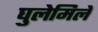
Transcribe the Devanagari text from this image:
घुलेमिले